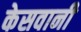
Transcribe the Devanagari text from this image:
केसवानी